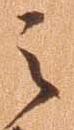
之